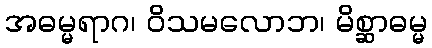
အဓမ္မရာဂ၊ ဝိသမလောဘ၊ မိစ္ဆာဓမ္မ